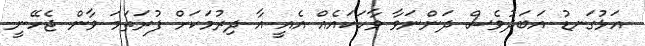
އަޅުގަނޑު އަބަދުވެސް ދަންނަވާ ވާހަކައެއް އެއީ އާ ދިރުމަކަށް ފުރަތަމަ ވާން ޖެހޭނީ